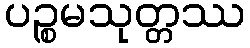
ပဉ္စမသုတ္တဿ